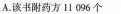
A.该书附药方11096个